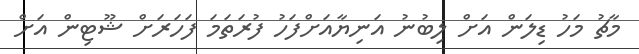
މާޗު މަހު ޑިލަން އަށް ލިބުނު އަނިޔާއަށްފަހު ފުރަތަމަ ފަހަރަށް ޝޫޓިން އަށް